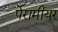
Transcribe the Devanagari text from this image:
पेरामीयर